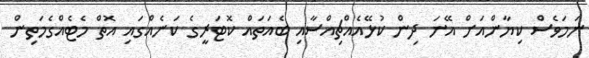
ނަމަވެސް ކިޔާންއަށް އޭނަ ދިން ކުޅޭއެއްޗިއްސާއި ބެއަތައް ކޮޓަރީގެ ކަނެއްގައި އޮތް މެޓެއްގެމަތިން